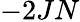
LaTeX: -2JN